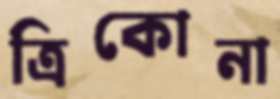
ত্রিকোনা